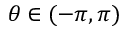
\theta \in ( - \pi , \pi )